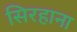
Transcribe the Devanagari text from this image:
सिरहाना